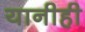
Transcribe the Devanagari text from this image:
यानीही